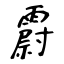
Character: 霨